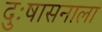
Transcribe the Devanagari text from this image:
दुःषासनाला